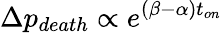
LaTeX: \Delta p_{death}\propto e^{(\beta-\alpha)t_{on}}